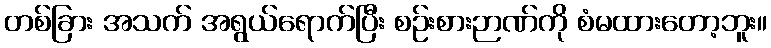
တစ်ခြား အသက် အရွယ်ရောက်ပြီး စဉ်းစားဉာဏ်ကို စံမထားတော့ဘူး။